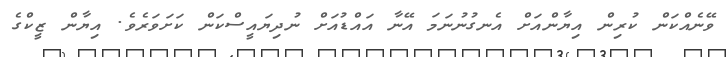
ވޭނެއްކަން ކުރިން އިޔާންއަށް އެނގުނުނަމަ އޭނާ އައްޑުއަށް ނުދިޔައީސްކަން ކަށަވަރެވެ. އިޔާން ޒީކްގެ